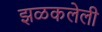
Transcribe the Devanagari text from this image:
झळकलेली